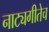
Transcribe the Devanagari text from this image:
नाट्यगीतेच